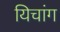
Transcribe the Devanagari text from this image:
यिचांग